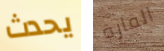
يحدث القارة